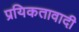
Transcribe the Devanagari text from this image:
प्रयिकतावादी